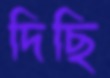
দিছি